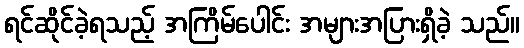
ရင်ဆိုင်ခဲ့ရသည့် အကြိမ်ပေါင်း အများအပြားရှိခဲ့ သည်။